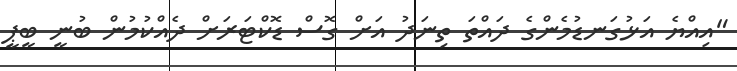
"އިއްޔެ އަޅުގަނޑުމެންގެ ދައްތަ ތިނަދު އަށް ގޮސް ޑޮކްޓަރަށް ދެއްކުމުން ބުނީ ބީޕީ